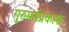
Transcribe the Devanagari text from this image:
गुरुमर्मप्रकाश